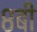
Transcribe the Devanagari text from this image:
८बी